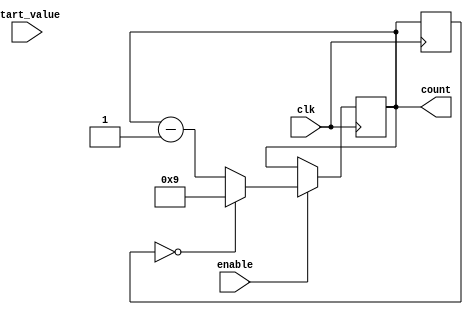
module BCD_Down_Counter_with_Enable (
    input wire clk,
    input wire [3:0] start_value,
    input wire enable,
    output reg [3:0] count
);

reg [3:0] sync_count;

always @(posedge clk) begin
    if (enable) begin
        if (sync_count == 4'b0000) begin
            count <= 4'b1001; // Set to BCD value of 9 on overflow
        end else begin
            count <= count - 1;
        end
    end
end

always @(posedge clk) begin
    sync_count <= count;
end

endmodule